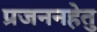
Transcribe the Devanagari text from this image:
प्रजननहेतु